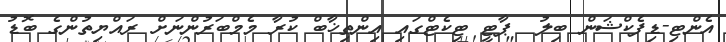
އެންޓި-ޑިފެކްޝަން ބިލު  ޕާޓީ ޓިކެޓްގައި އިންތިޚާބް ކުރާ މެމްބަރުންނަށް ރައްޔިތުންގެ ބޮޑު